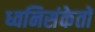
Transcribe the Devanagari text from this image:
ध्वनिसंकेतों